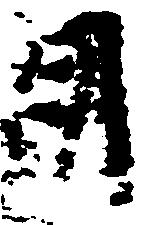
月